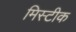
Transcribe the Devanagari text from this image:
मिस्टीक